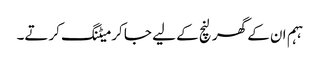
ہہم ان کے گھر لنچ کے لیے جا کر میٹنگ کرتے۔